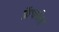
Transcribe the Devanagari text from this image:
फ्रेंचनेस